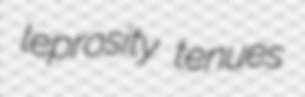
leprosity tenues